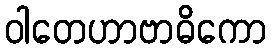
ဝါတေဟာဗာဓိကော